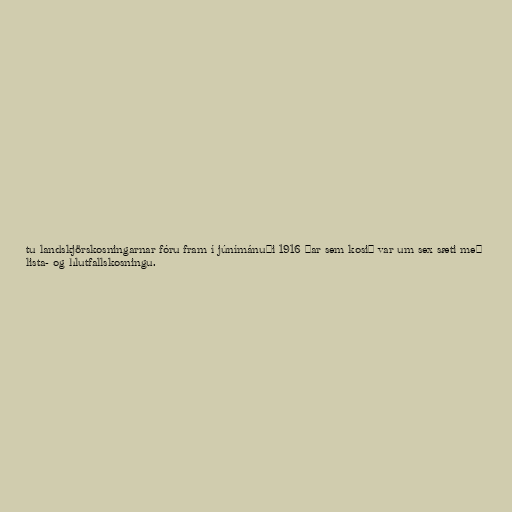
tu landskjörskosningarnar fóru fram í júnímánuði 1916 þar sem kosið var um sex sæti með
lista- og hlutfallskosningu.